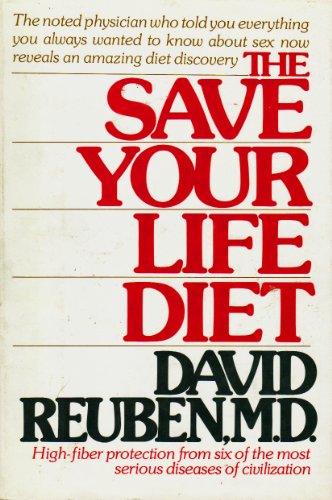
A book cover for The Save Your Life Diet; David R Reuben; Health, Fitness & Dieting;